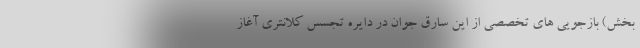
بخش) بازجویی های تخصصی از این سارق جوان در دایره تجسس کلانتری آغاز